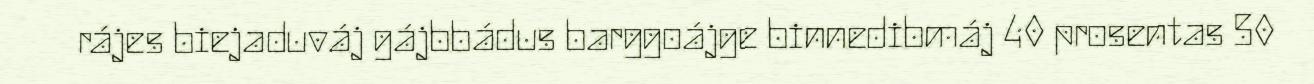
rájes biejaduváj gájbbádus barggoájge binnedibmáj 40 prosentas 50